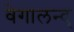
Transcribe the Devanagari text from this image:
वेगालन्द्